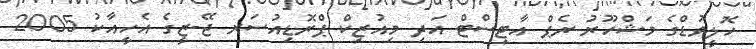
ހޮލީވުޑްގެ މަޝްހޫރު ރެޕް އާޓިސްޓް އަދި މިއުޒިކް ޕްރޮޑިއުސަރ ޖޭ-ޒީގެ އެހީއާކު 2005